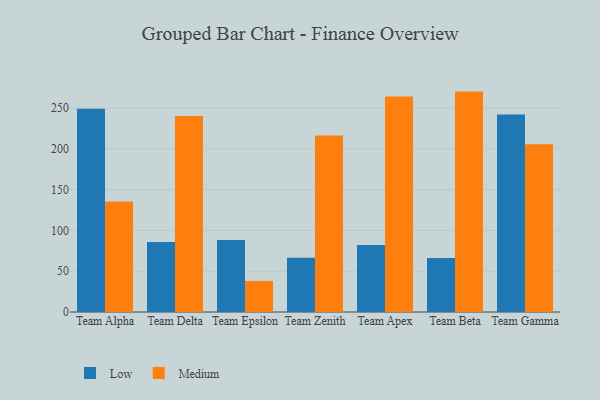
{"axis": {"x": "Team", "y": "Website Visitors"}, "legend": ["Low", "Medium"], "data": [{"x": "Team Alpha", "y": 249.1, "type": "Low"}, {"x": "Team Alpha", "y": 135.5, "type": "Medium"}, {"x": "Team Delta", "y": 85.8, "type": "Low"}, {"x": "Team Delta", "y": 240.3, "type": "Medium"}, {"x": "Team Epsilon", "y": 88.4, "type": "Low"}, {"x": "Team Epsilon", "y": 38.1, "type": "Medium"}, {"x": "Team Zenith", "y": 66.4, "type": "Low"}, {"x": "Team Zenith", "y": 216.5, "type": "Medium"}, {"x": "Team Apex", "y": 82.1, "type": "Low"}, {"x": "Team Apex", "y": 264.1, "type": "Medium"}, {"x": "Team Beta", "y": 66.1, "type": "Low"}, {"x": "Team Beta", "y": 270.2, "type": "Medium"}, {"x": "Team Gamma", "y": 242.0, "type": "Low"}, {"x": "Team Gamma", "y": 205.7, "type": "Medium"}]}